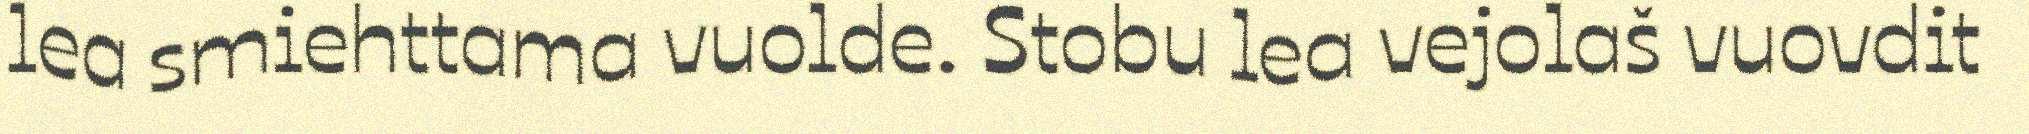
lea smiehttama vuolde. Stobu lea vejolaš vuovdit